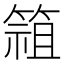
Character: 𱸓